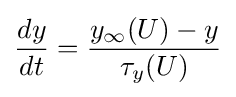
{dy \over dt}={y_{\infty }(U)-y \over \tau _{y}(U)}